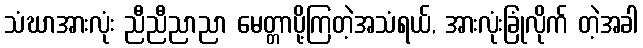
သံဃာအားလုံး ညီညီညာညာ မေတ္တာပို့ကြတဲ့အသံရယ်, အားလုံးခြုံလိုက် တဲ့အခါ